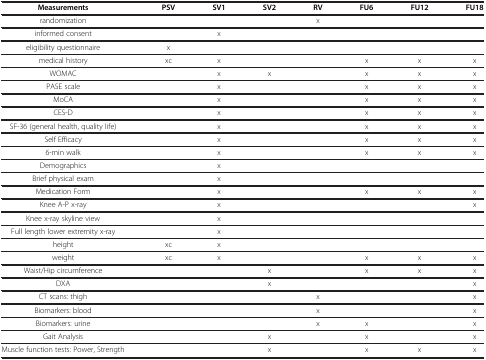
| Measurements | PSV | SV1 | SV2 | RV | FU6 | FU12 | FU18 |
 | --- | --- | --- | --- | --- | --- | --- | --- |
 | randomization |  |  |  | x |  |  |  |
 | informed consent |  | x |  |  |  |  |  |
 | eligibility questionnaire | x |  |  |  |  |  |  |
 | medical history | xc | x |  |  | x | x | x |
 | WOMAC |  | x | x |  | x | x | x |
 | PASE scale |  | x |  |  | x | x | x |
 | MoCA |  | x |  |  | x | x | x |
 | CES-D |  | x |  |  | x | x | x |
 | SF-36 (general health, quality life) |  | x |  |  | x | x | x |
 | Self Efficacy |  | x |  |  | x | x | x |
 | 6-min walk |  | x |  |  | x | x | x |
 | Demographics |  | x |  |  |  |  |  |
 | Brief physical exam |  | x |  |  |  |  |  |
 | Medication Form |  | x |  |  | x | x | x |
 | Knee A-P x-ray |  | x |  |  |  |  | x |
 | Knee x-ray skyline view |  | x |  |  |  |  |  |
 | Full length lower extremity x-ray |  | x |  |  |  |  |  |
 | height | xc | x |  |  |  |  |  |
 | weight | xc | x |  |  | x | x | x |
 | Waist/Hip circumference |  |  | x |  | x | x | x |
 | DXA |  |  | x |  |  |  | x |
 | CT scans: thigh |  |  |  | x |  |  | x |
 | Biomarkers: blood |  |  |  | x |  |  | x |
 | Biomarkers: urine |  |  |  | x | x |  | x |
 | Gait Analysis |  |  | x |  | x |  | x |
 | Muscle function tests: Power, Strength |  |  | x |  | x | x | x |